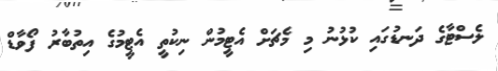
ލެސްޓާގެ ދަނޑުގައި ކުޅުނު މި މެޗަށް އެޓީމުން ނިކުތީ އެޓީމުގެ އިތުބާރު ފޯވާޑް